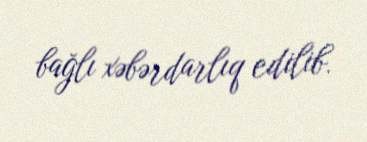
bağlı xəbərdarlıq edilib.